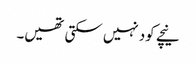
نیچے کود نہیں سکتی تھیں۔